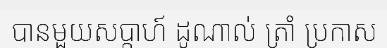
បានមួយសប្តាហ៍ ដូណាល់ ត្រាំ ប្រកាស